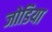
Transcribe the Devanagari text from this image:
जोडिया